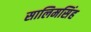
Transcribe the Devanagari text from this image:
सालिमसिंह